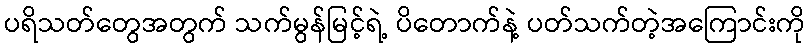
ပရိသတ်တွေအတွက် သက်မွန်မြင့်ရဲ့ ပိတောက်နဲ့ ပတ်သက်တဲ့အကြောင်းကို